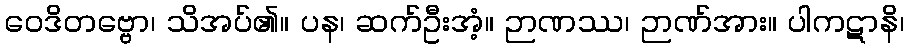
ဝေဒိတဗ္ဗော၊ သိအပ်၏။ ပန၊ ဆက်ဦးအံ့။ ဉာဏဿ၊ ဉာဏ်အား။ ပါကဋာနိ၊